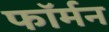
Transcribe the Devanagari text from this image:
फॉर्मन